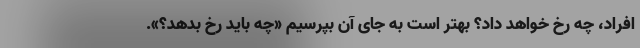
افراد، چه رخ خواهد داد؟ بهتر است به جای آن بپرسیم «چه باید رخ بدهد؟».